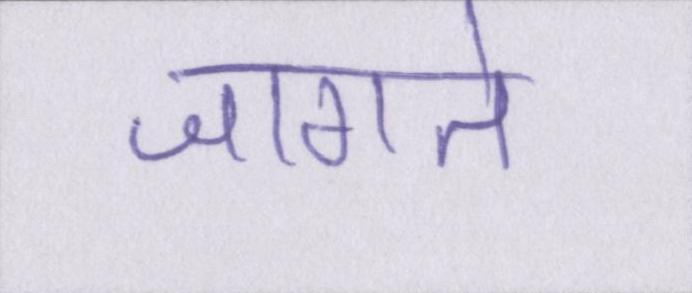
जागते